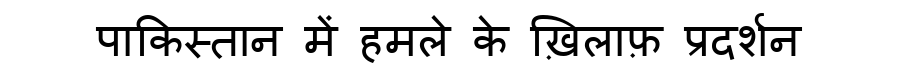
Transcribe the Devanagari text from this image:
पाकिस्तान में हमले के ख़िलाफ़ प्रदर्शन